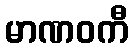
မာဏဝကီ